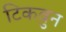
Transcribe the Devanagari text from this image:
टिकवुन